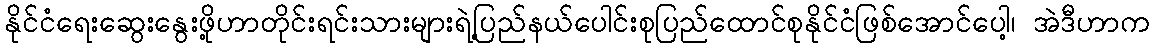
နိုင်ငံရေးဆွေးနွေးဖို့ဟာတိုင်းရင်းသားများရဲ့ပြည်နယ်ပေါင်းစုပြည်ထောင်စုနိုင်ငံဖြစ်အောင်ပေါ့၊ အဲဒီဟာက